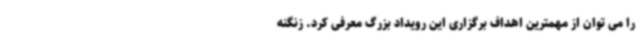
را می توان از مهمترین اهداف برگزاری این رویداد بزرگ معرفی کرد. زنگنه